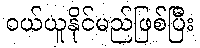
ဝယ်ယူနိုင်မည်ဖြစ်ပြီး